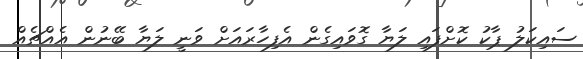
ސައިކަލު ޕާކު ކޮށްފައި ލަޔާ ގޮވައިގެން އެފިހާރައަށް ވަނީ ލަޔާ ބޭނުން އެއްޗެއް